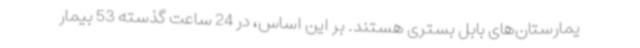
یمارستان‌های بابل بستری هستند. بر این اساس، در 24 ساعت گذسته 53 بیمار